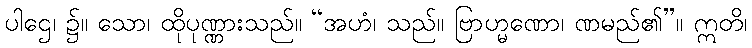
ပါဌေ၊ ၌။ သော၊ ထိုပုဏ္ဏားသည်။ “အဟံ၊ သည်။ ဗြာဟ္မဏော၊ ဏမည်၏”။ ဣတိ၊